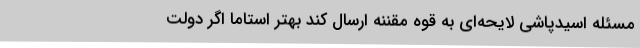
مسئله اسیدپاشی لایحه‌ای به قوه مقننه ارسال کند بهتر استاما اگر دولت